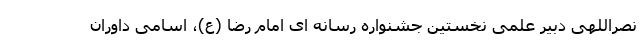
نصراللهی دبیر علمی نخستین جشنواره رسانه ای امام رضا (ع)، اسامی داوران